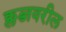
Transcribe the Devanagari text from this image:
क्लब्जवरील